Scottish Leaving Certificate Examination, 1955
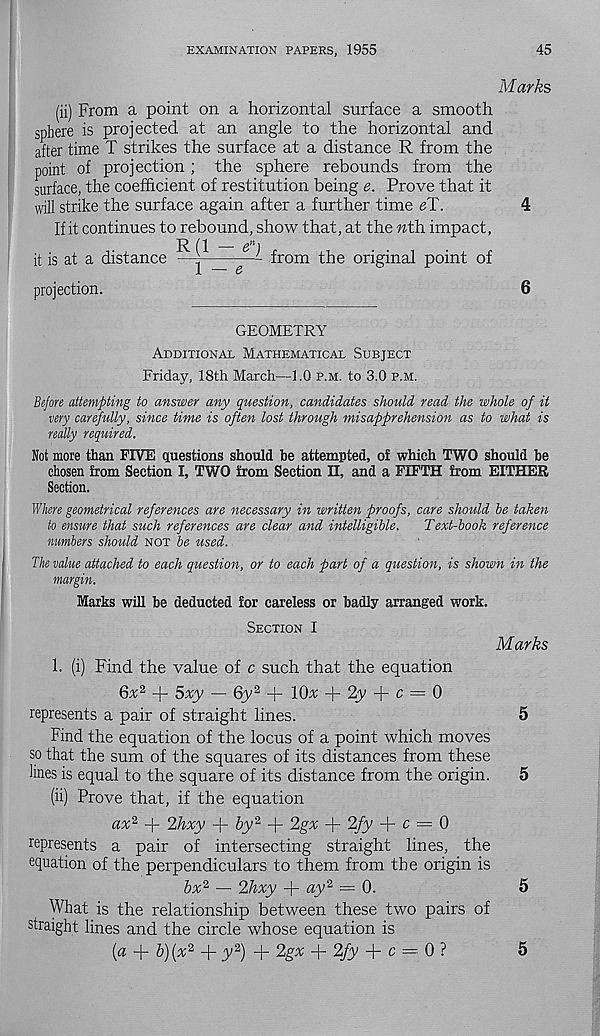
EXAMINATION PAPERS, 1955
45
Marks
(ii) From a point on a horizontal surface a smooth
sphere is projected at an angle to the horizontal and
alter time T strikes the surface at a distance R from the
point of projection; the sphere rebounds from the
surface, the coefficient of restitution being e. Prove that it
will strike the surface again after a further time eT.
If it continues to rebound, show that, at the «th impact,
R (1 — 6> n )
it is at a distance —j
from the original point of
projection.
4
6
GEOMETRY
Additional Mathematical Subject
Friday, 18th March—1.0 p.m. to 3.0 p.m.
Bejore attempting to answer any question, candidates should read the whole of it
very carefully, since time is often lost through misapprehension as to what is
really required.
Not more than FIVE questions should be attempted, of which TWO should be
chosen from Section I, TWO from Section II, and a FIFTH from EITHER
Section.
Where geometrical references are necessary in written proofs, care should he taken
to ensure that such references are clear and intelligible.
Text-hook reference
numbers should not he used.
The value attached to each question, or to each part of a question, is shown in the
margin.
Marks will he deducted for careless or badly arranged work.
Section I
1. (i) Find the value of c such that the equation
Marks
6x 2 + 5xy — Gjy 2 + lOx + 2y + c — 0
represents a pair of straight lines.
5
Find the equation of the locus of a point which moves
so that the sum of the squares of its distances from these
lines is equal to the square of its distance from the origin.
5
(ii) Prove that, if the equation
ax 2 + 2hxy + by 2 + 2gx + 2fy + c = 0
represents a pair of intersecting straight lines, the
equation of the perpendiculars to them from the origin is
bx 2 — 2hxy + ay 2 = 0.
5
What is the relationship between these two pairs of
straight lines and the circle whose equation is
[a + b)(x 2 -j- y 2 ) + 2gx + 2fy + c = 0 ?
5